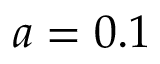
a = 0 . 1